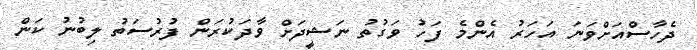
ދެހާސްއަށްވަނަ އަހަރު އެންމެ ފަހު ވަގުތު ނަޝީދަށް ވާދަކުރަން ފުރުސަތު ލިބުނު ކަން